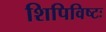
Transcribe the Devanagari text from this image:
शिपिविष्टः